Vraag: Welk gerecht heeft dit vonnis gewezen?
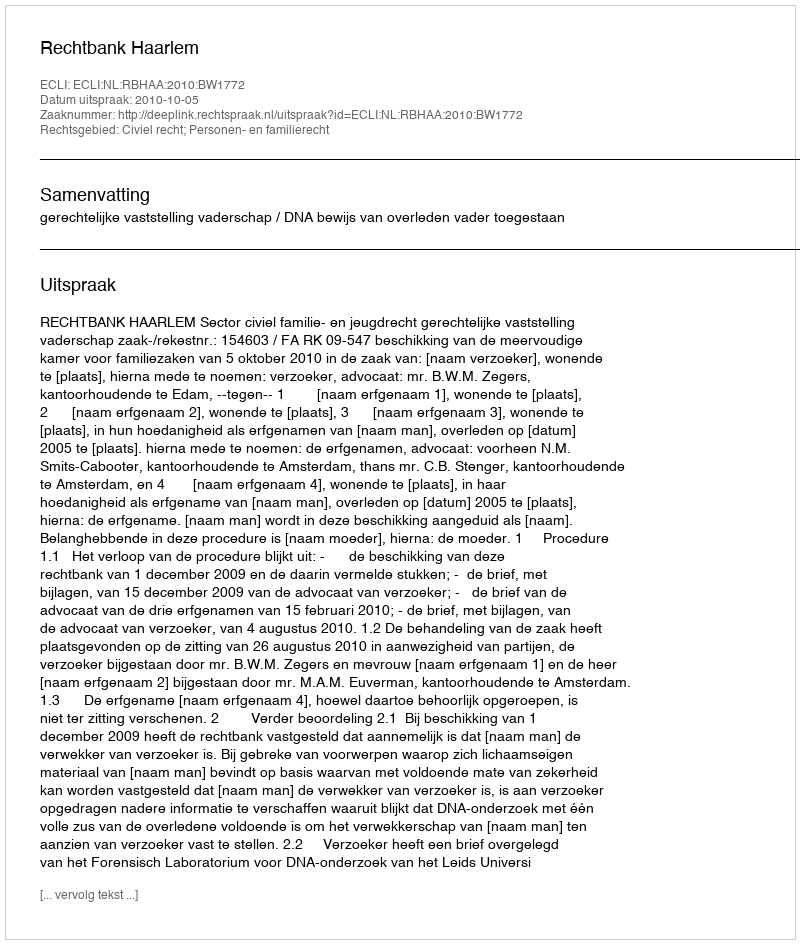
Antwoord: Rechtbank Haarlem